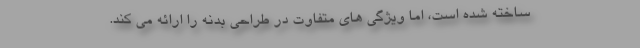
ساخته شده است، اما ویژگی های متفاوت در طراحی بدنه را ارائه می کند.